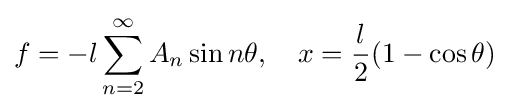
f=-l\sum _{n=2}^{\infty }A_{n}\sin n\theta ,\quad x={\frac {l}{2}}(1-\cos \theta )